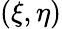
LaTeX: (\xi,\eta)